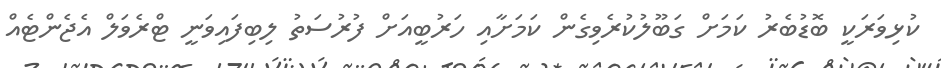
ކުޅިވަރަކީ ބޮޑުބެރު ކަމަށް ގަބޫލުކުރެވިގެން ކަމަށާއި ހަރުބީއަށް ފުރުސަތު ލިބިފައިވަނީ ޓްރެވަލް އެޖެންޓެއް